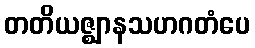
တတိယဇ္ဈာနသဟဂတံပေ